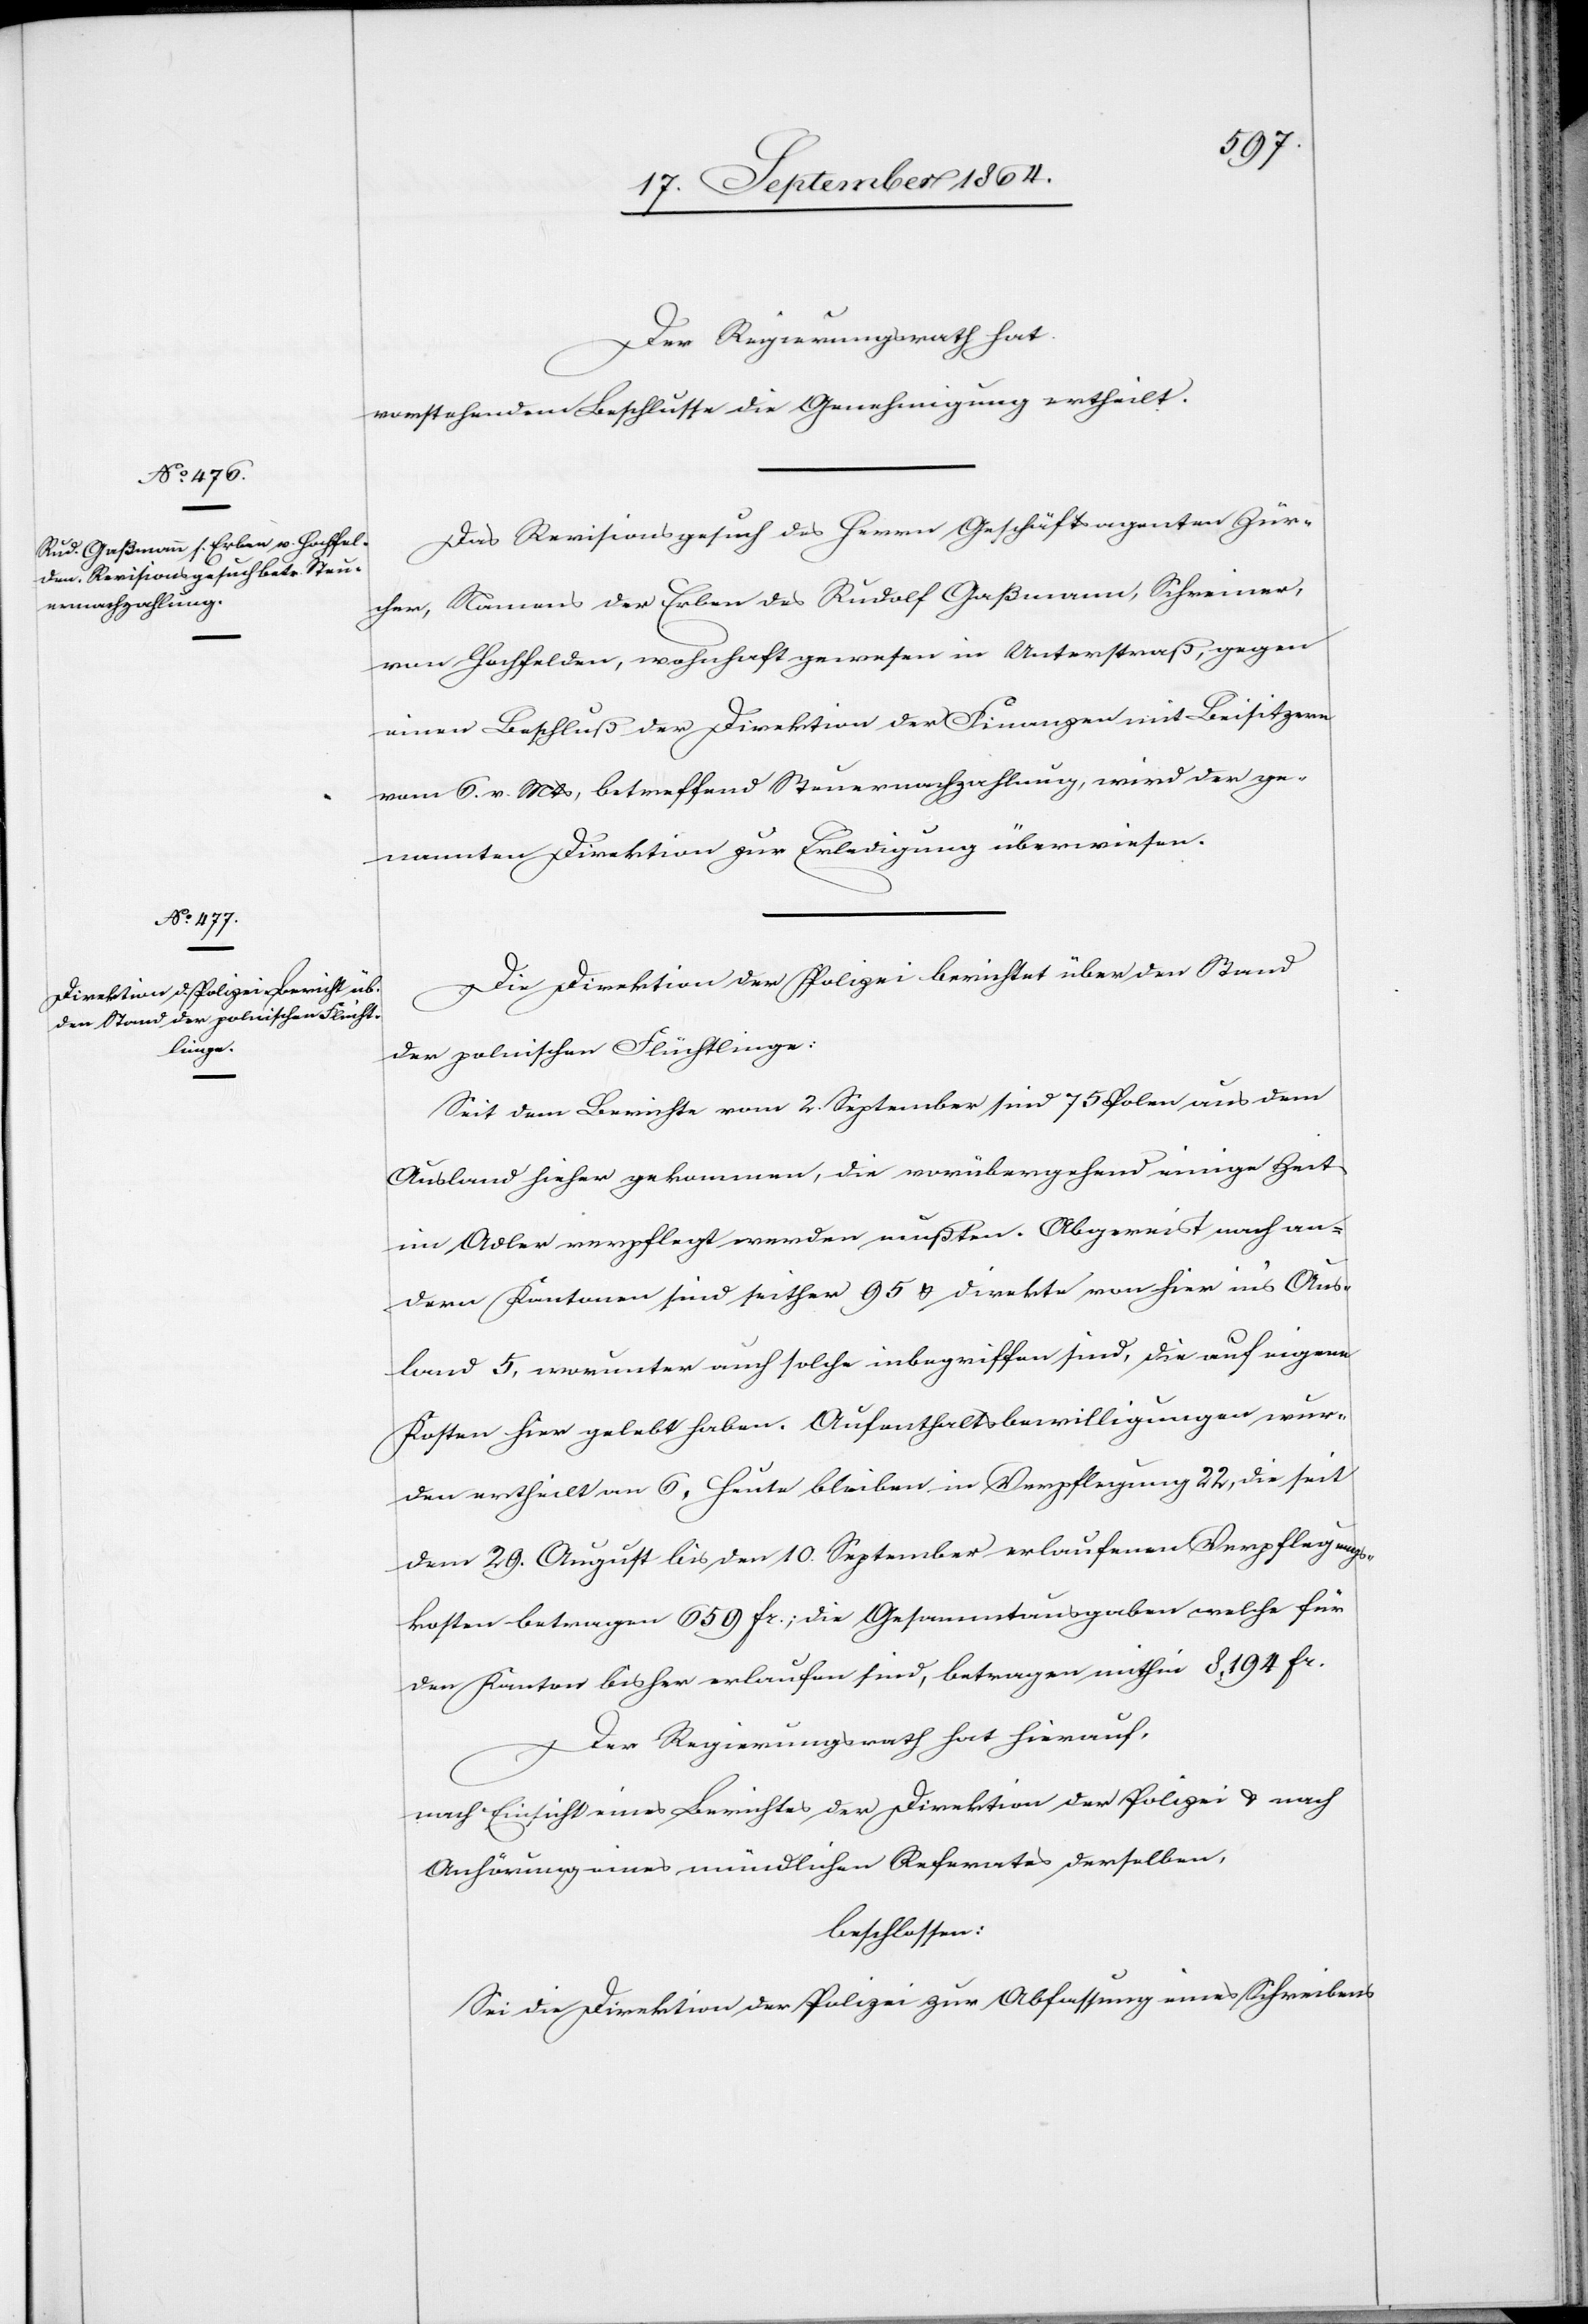
Der Regierungsrath hat
vorstehendem Beschlusse die Genehmigung ertheilt.
Das Revisionsgesuch des Herrn Geschäftsagenten Zür¬
cher, Namens der Erben des Rudolf Gaßmann, Schreiner,
von Hochfelden, wohnhaft gewesen in Unterstraß, gegen
einen Beschluß der Direktion der Finanzen mit Beisitzern
vom 6. v. Mts, betreffend Steuernachzahlung, wird der ge¬
nannten Direktion zur Erledigung überwiesen.
Die Direktion der Polizei berichtet über den Stand
der polnischen Flüchtlinge:
Seit dem Berichte vom 2. September sind 75 Polen aus dem
Ausland hieher gekommen, die vorübergehend einige Zeit
im Adler verpflegt werden mußten. Abgereist nach an¬
dern Kantonen sind seither 95 & direkte von hier in’s Aus¬
land 5, worunter auch solche inbegriffen sind, die auf eigene
Kosten hier gelebt haben. Aufenthaltsbewilligungen wur¬
den ertheilt an 6. Heute bleiben in Verpflegung 22, die seit
dem 29. August bis den 10. September erlaufenen Verpflegungs¬
kosten betragen 659 Fr.; die Gesammtausgaben welche für
den Kanton bisher erlaufen sind, betragen mithin 8,194 Fr.
Der Regierungsrath hat hierauf,
nach Einsicht eines Berichtes der Direktion der Polizei & nach
Anhörung eines mündlichen Referates derselben,
beschlossen:
Sei die Direktion der Polizei zur Abfassung eines Schreibens